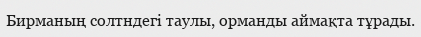
Бирманың солтндегі таулы, орманды аймақта тұрады.